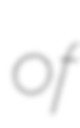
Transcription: of